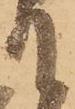
て